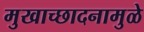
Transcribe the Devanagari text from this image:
मुखाच्छादनामुळे